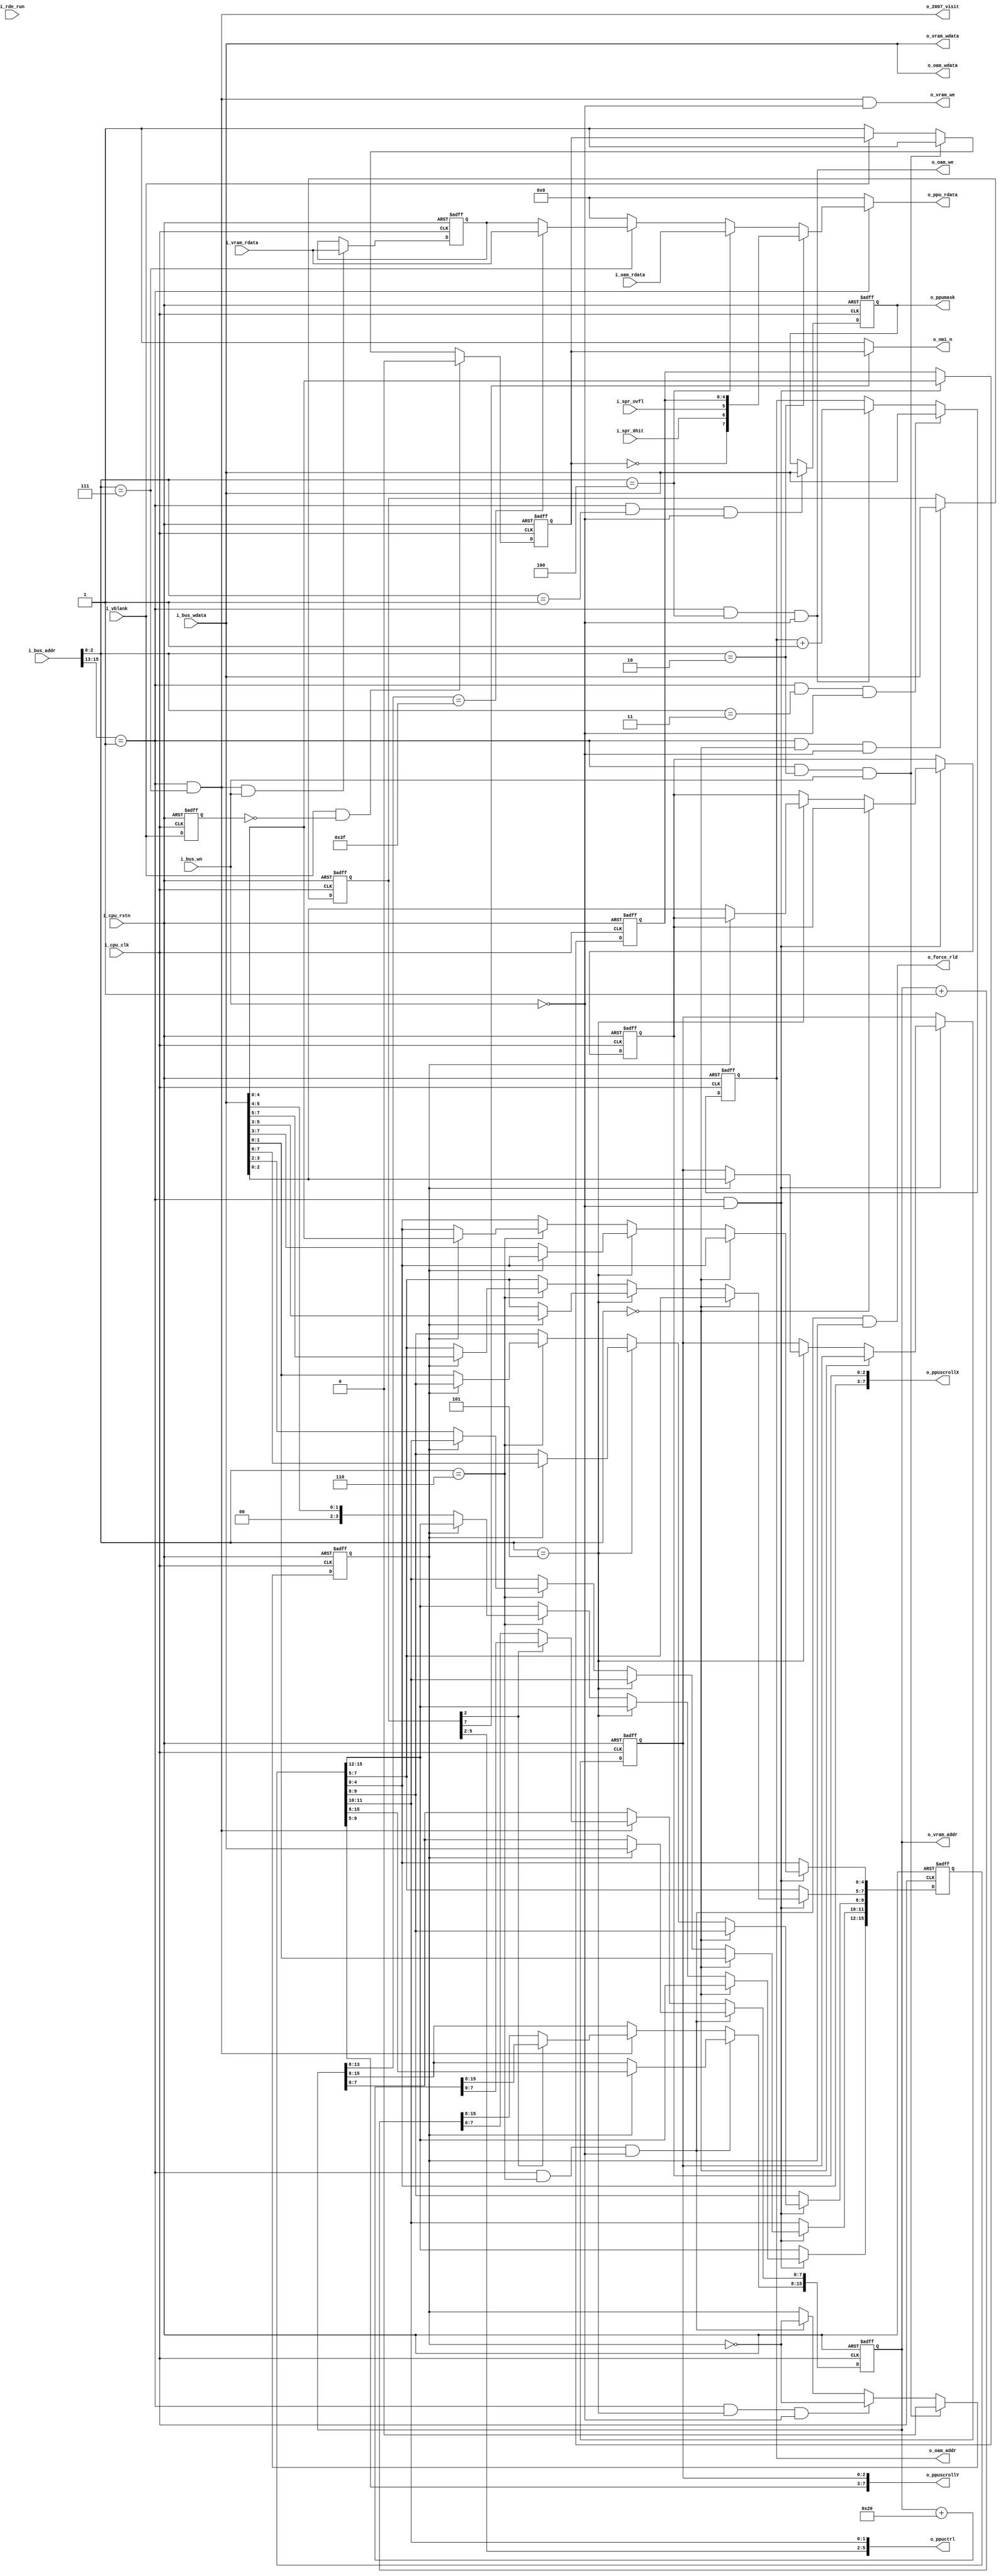
//
module ppu_cfg(
    input           i_cpu_clk   ,
    input           i_cpu_rstn  ,
    
    input   [15:0]  i_bus_addr  ,
    input           i_bus_wn    ,
    input   [7:0]   i_bus_wdata ,
    output  [7:0]   o_ppu_rdata ,
    
    output  [7:0]   o_oam_addr  ,
    output          o_oam_we    ,
    output  [7:0]   o_oam_wdata ,
    input   [7:0]   i_oam_rdata ,
    
    output  [15:0]  o_vram_addr ,//vram write port, for addr $0000-$FFFF
    output          o_vram_we   ,
    output  [7:0]   o_vram_wdata,
    input   [7:0]   i_vram_rdata,
    output          o_2007_visit,
    //ppu cfg
    output  [5:0]   o_ppuctrl   ,//LoopyT[11:10]
    output  [7:0]   o_ppumask   ,
    output  [7:0]   o_ppuscrollX,//LoopyT[4:0] and fineX
    output  [7:0]   o_ppuscrollY,//LoopyT[9:5] and fineY
    output          o_force_rld ,
    input           i_spr_ovfl  ,
    input           i_spr_0hit  ,
    input           i_rde_run   ,
    input           i_vblank    ,
    output          o_nmi_n     
);

wire        c_is_ppu;
wire [2:0]  c_ppu_reg;

reg [7:0]   r_ppuctrl;
reg [7:0]   r_ppumask   ;

reg [7:0]   r_oamaddr   ;
//reg [7:0]   r_ppuscrollx;
//reg [7:0]   r_ppuscrolly;
reg [15:0]  r_ppuaddr;      //LoopyV for VRAM Config, for cpu access
reg [7:0]   r_vram_rbuf;

reg [15:0]  r_loopyT;      //LoopyT
reg [2:0]   r_fineX;
reg [2:0]   r_fineY;

reg         r_nmi_n     ;
reg         r_vblank    ;
wire        c_vblank_pos;
reg         r_rde_run   ;
wire        c_rde_run_negedge;

wire        c_vr_incmode;
wire        c_nmi_ena   ;

reg         r_wcnt;
wire        c_is_palette;
reg [4:0]   r_lastwrite;

assign c_is_ppu = i_bus_addr[15:13]==3'b001;
assign c_ppu_reg = i_bus_addr[2:0];


//PPUCTRL $2000 Write
always @ ( posedge i_cpu_clk or negedge i_cpu_rstn) begin
    if(~i_cpu_rstn) begin
        r_ppuctrl <= 8'h0;
    end
    else begin
        if(c_is_ppu & (c_ppu_reg==3'h0) & ~i_bus_wn) begin
            r_ppuctrl <= i_bus_wdata;
        end
    end
end

assign c_nmi_ena    = r_ppuctrl[7];
assign c_vr_incmode = r_ppuctrl[2];


//PPUMASK $2001 Write
always @ ( posedge i_cpu_clk or negedge i_cpu_rstn) begin
    if(~i_cpu_rstn) begin
        r_ppumask <= 8'h0;
    end
    else begin
        if(c_is_ppu & (c_ppu_reg==3'h1) & ~i_bus_wn) begin
            r_ppumask <= i_bus_wdata;
        end
    end
end

//OAMADDR $2003 Write
always @ ( posedge i_cpu_clk or negedge i_cpu_rstn) begin
    if(~i_cpu_rstn) begin
        r_oamaddr <= 8'h00;
    end
    else begin
        if(c_is_ppu & (c_ppu_reg==3'h3) & ~i_bus_wn) begin
            r_oamaddr <= i_bus_wdata;
        end
        else if(c_is_ppu & (c_ppu_reg==3'h4) & ~i_bus_wn) begin
            r_oamaddr <= r_oamaddr + 8'h1;
        end
    end
end

//write counter, for $2005 and $2006
always @ ( posedge i_cpu_clk or negedge i_cpu_rstn) begin
    if(~i_cpu_rstn) begin
        r_wcnt <= 1'b0;
    end
    else begin
        if(c_is_ppu & (c_ppu_reg==3'h2) & i_bus_wn)
            r_wcnt <= 1'b0;
        else if (c_is_ppu & (c_ppu_reg==3'h5) & ~i_bus_wn)
            r_wcnt <= ~r_wcnt;
        else if (c_is_ppu & (c_ppu_reg==3'h6) & ~i_bus_wn)
            r_wcnt <= ~r_wcnt;
    end
end

//PPUSCROLL $2005
//always @ ( posedge i_cpu_clk or negedge i_cpu_rstn) begin
//    if(~i_cpu_rstn) begin
//        r_ppuscrollx <= 8'h0;
//        r_ppuscrolly <= 8'h0;
//    end
//    else begin
//        if(c_is_ppu & (c_ppu_reg==3'h5) & ~i_bus_wn) begin
//            if(r_wcnt)
//                r_ppuscrolly <= i_bus_wdata;
//            else
//                r_ppuscrollx <= i_bus_wdata;
//        end
//    end
//end

//PPUADDR $2006
always @ ( posedge i_cpu_clk or negedge i_cpu_rstn) begin
    if(~i_cpu_rstn) begin
        r_ppuaddr <= 16'h0;
    end
    else begin
        if(c_is_ppu & (c_ppu_reg==3'h6) & ~i_bus_wn) begin
            if(r_wcnt) begin
                r_ppuaddr[7:0] <= i_bus_wdata;
                r_ppuaddr[15:8] <= r_loopyT[15:8];
            end
            else begin
                //r_ppuaddr[15:8] <= i_bus_wdata;
            end
        end
        else if(c_is_ppu & (c_ppu_reg==3'h7)) begin //access $2007 will increase PPUADDR(LoopyV for cpu access)
            if (c_vr_incmode)
                r_ppuaddr <= r_ppuaddr + 16'h20;
            else
                r_ppuaddr <= r_ppuaddr + 16'h1;
        end
    end
end

//LoopyT
always @( posedge i_cpu_clk or negedge i_cpu_rstn) begin
    if(~i_cpu_rstn) begin
        r_loopyT <= 16'h0;
        r_fineX <= 3'h0;
        r_fineY <= 3'h0;
    end
    else begin
        if(c_is_ppu & ~i_bus_wn) begin
            if(c_ppu_reg==3'h0) begin
                r_loopyT[11:10]<= i_bus_wdata[1:0];
            end
            else if (c_ppu_reg==3'h5) begin
                if(r_wcnt) begin
                    r_loopyT[9:5] <= i_bus_wdata[7:3];
                    r_fineY <= i_bus_wdata[2:0];
                end
                else begin
                    r_loopyT[4:0] <= i_bus_wdata[7:3];
                    r_fineX <= i_bus_wdata[2:0];
                end
            end
            else if (c_ppu_reg==3'h6) begin
                if(r_wcnt) begin
                    r_loopyT[7:0] <= i_bus_wdata;
                end
                else begin
                    r_loopyT[15:8] <= {2'b00,i_bus_wdata[5:0]};
                end
            end
        end
    end
end
















assign c_is_palette = r_ppuaddr[13:8]==6'b11_1111;

//PPUDATA $2007 Read will update the internal buffer.
always @ ( posedge i_cpu_clk or negedge i_cpu_rstn) begin
    if(~i_cpu_rstn) begin
        r_vram_rbuf <= 8'h0;
    end
    else begin
        if(c_is_ppu & (c_ppu_reg==3'h7) & i_bus_wn)
            r_vram_rbuf <= i_vram_rdata;
    end
end


//NMI Generator
always @ ( posedge i_cpu_clk or negedge i_cpu_rstn) begin
    if(~i_cpu_rstn) begin
        r_rde_run <= 1'b0;
    end
    else begin
        r_rde_run <= i_rde_run;
    end
end
assign c_rde_run_negedge = ~i_rde_run & r_rde_run;

always @ ( posedge i_cpu_clk or negedge i_cpu_rstn) begin
    if(~i_cpu_rstn) begin
        r_vblank <= 1'b0;
    end
    else begin
        r_vblank <= i_vblank;
    end
end
assign c_vblank_pos = i_vblank & ~r_vblank;

always @ ( posedge i_cpu_clk or negedge i_cpu_rstn) begin
    if(~i_cpu_rstn) begin
        r_nmi_n <= 1'b1;
    end
    else begin
        if (c_vblank_pos) //if (c_rde_run_negedge)
            r_nmi_n <= 1'b0;
        else if (c_is_ppu & (c_ppu_reg==3'h2) & i_bus_wn)   //reading $2002 clears NMI
            r_nmi_n <= 1'b1;
        else if(~i_vblank)
            r_nmi_n <= 1'b1;
    end
end


always @ ( posedge i_cpu_clk or negedge i_cpu_rstn) begin
    if(~i_cpu_rstn) begin
        r_lastwrite <= 5'h0;
    end
    else begin
        if (c_is_ppu & ~i_bus_wn)
            r_lastwrite <= i_bus_wdata[4:0];
    end
end


//OAMDATA $2004, WRITE
assign o_oam_addr = r_oamaddr;
assign o_oam_we = c_is_ppu & (c_ppu_reg==3'h4) & ~i_bus_wn;
assign o_oam_wdata = i_bus_wdata;

//PPUDATA $2007 WRITE
assign o_vram_addr = r_ppuaddr; //the data will be valid or witten after posedge.
assign o_vram_we = c_is_ppu & (c_ppu_reg==3'h7) & ~i_bus_wn;
assign o_vram_wdata = i_bus_wdata;
assign o_2007_visit = c_is_ppu & (c_ppu_reg==3'h7);

//read
assign o_ppu_rdata =    ~c_is_ppu         ? 8'h0 :
                        (c_ppu_reg==3'h2) ? {~r_nmi_n, i_spr_0hit, i_spr_ovfl, r_lastwrite} :
                        (c_ppu_reg==3'h4) ? i_oam_rdata :
                        (c_ppu_reg==3'h7) ? (c_is_palette ? i_vram_rdata : r_vram_rbuf) :
                        8'h0;

assign o_nmi_n = c_nmi_ena ? r_nmi_n : 1'b1;
//PPU CFG
assign o_ppuctrl = {r_ppuctrl[5:2], r_loopyT[11:10]};
assign o_ppumask = r_ppumask[7:0];
//assign o_ppuscrollX = r_ppuscrollx;
//assign o_ppuscrollY = r_ppuscrolly;
assign  o_ppuscrollX = {r_loopyT[4:0], r_fineX};
assign  o_ppuscrollY = {r_loopyT[9:5], r_fineY};
assign  o_force_rld = c_is_ppu & (c_ppu_reg==3'h6) & ~i_bus_wn & r_wcnt;

endmodule